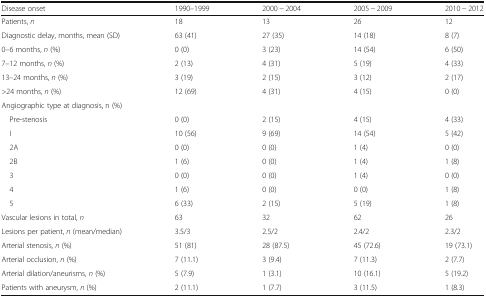
<table><thead><tr><td><b>Disease onset</b></td><td><b>1990–1999</b></td><td><b>2000 − 2004</b></td><td><b>2005 − 2009</b></td><td><b>2010 − 2012</b></td></tr></thead><tbody><tr><td>Patients, <i>n</i></td><td>18</td><td>13</td><td>26</td><td>12</td></tr><tr><td>Diagnostic delay, months, mean (SD)</td><td>63 (41)</td><td>27 (35)</td><td>14 (18)</td><td>8 (7)</td></tr><tr><td>0–6 months, <i>n</i> (%)</td><td>0 (0)</td><td>3 (23)</td><td>14 (54)</td><td>6 (50)</td></tr><tr><td>7–12 months, <i>n</i> (%)</td><td>2 (13)</td><td>4 (31)</td><td>5 (19)</td><td>4 (33)</td></tr><tr><td>13–24 months, <i>n</i> (%)</td><td>3 (19)</td><td>2 (15)</td><td>3 (12)</td><td>2 (17)</td></tr><tr><td>&gt;24 months, <i>n</i> (%)</td><td>12 (69)</td><td>4 (31)</td><td>4 (15)</td><td>0 (0)</td></tr><tr><td colspan="5">Angiographic type at diagnosis, n (%)</td></tr><tr><td> Pre-stenosis</td><td>0 (0)</td><td>2 (15)</td><td>4 (15)</td><td>4 (33)</td></tr><tr><td> I</td><td>10 (56)</td><td>9 (69)</td><td>14 (54)</td><td>5 (42)</td></tr><tr><td> 2A</td><td>0 (0)</td><td>0 (0)</td><td>1 (4)</td><td>0 (0)</td></tr><tr><td> 2B</td><td>1 (6)</td><td>0 (0)</td><td>1 (4)</td><td>1 (8)</td></tr><tr><td> 3</td><td>0 (0)</td><td>0 (0)</td><td>1 (4)</td><td>0 (0)</td></tr><tr><td> 4</td><td>1 (6)</td><td>0 (0)</td><td>0 (0)</td><td>1 (8)</td></tr><tr><td> 5</td><td>6 (33)</td><td>2 (15)</td><td>5 (19)</td><td>1 (8)</td></tr><tr><td>Vascular lesions in total, <i>n</i></td><td>63</td><td>32</td><td>62</td><td>26</td></tr><tr><td>Lesions per patient, <i>n</i> (mean/median)</td><td>3.5/3</td><td>2.5/2</td><td>2.4/2</td><td>2.3/2</td></tr><tr><td>Arterial stenosis, <i>n</i> (%)</td><td>51 (81)</td><td>28 (87.5)</td><td>45 (72.6)</td><td>19 (73.1)</td></tr><tr><td>Arterial occlusion, <i>n</i> (%)</td><td>7 (11.1)</td><td>3 (9.4)</td><td>7 (11.3)</td><td>2 (7.7)</td></tr><tr><td>Arterial dilation/aneurisms, <i>n</i> (%)</td><td>5 (7.9)</td><td>1 (3.1)</td><td>10 (16.1)</td><td>5 (19.2)</td></tr><tr><td>Patients with aneurysm, <i>n</i> (%)</td><td>2 (11.1)</td><td>1 (7.7)</td><td>3 (11.5)</td><td>1 (8.3)</td></tr></tbody></table>